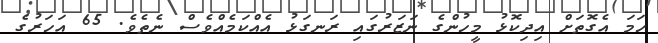
ހަމަ އެގޮތަށް އިދިކޮޅު މީހުންގެ ނަޒަރުގައި ރަނގަޅު އެއްކަމެއްވެސް ނެތެވެ. 65 އަހަރުގެ